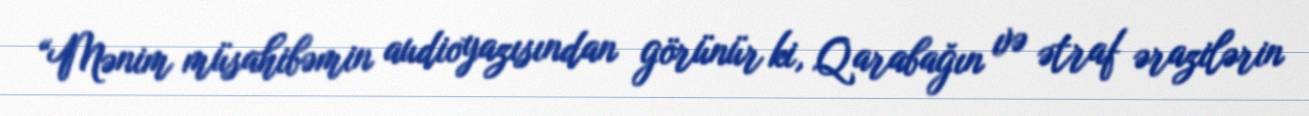
“Mənim müsahibəmin audioyazısından görünür ki, Qarabağın və ətraf ərazilərin